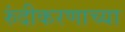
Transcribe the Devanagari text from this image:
रुंदीकरणाच्या